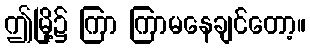
ဤမြို့၌ ကြာ ကြာမနေချင်တော့။